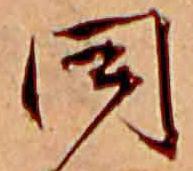
同